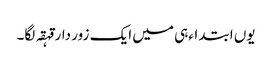
یوں ابتداءہی میں ایک زور دار قہقہ لگا۔